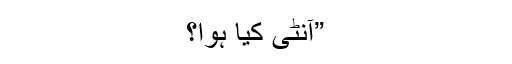
”آنٹی کیا ہوا؟